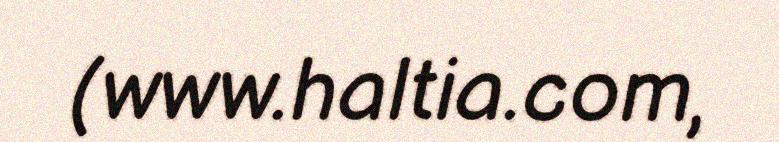
(www.haltia.com,